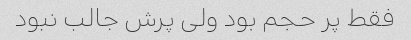
فقط پر حجم بود ولی پرش جالب نبود